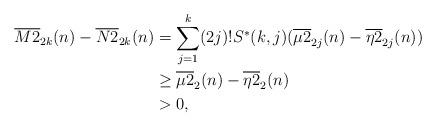
LaTeX: \begin{align*}\overline{M2}_{2k}(n) - \overline{N2}_{2k}(n)&=\sum_{j=1}^k (2j)! S^*(k,j)(\overline{\mu 2}_{2j}(n) - \overline{\eta 2}_{2j}(n))\\&\ge\overline{\mu 2}_{2}(n) - \overline{\eta 2}_{2}(n)\\&> 0 ,\end{align*}